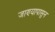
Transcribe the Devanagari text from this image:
जाण्यापासुन